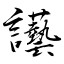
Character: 讛